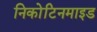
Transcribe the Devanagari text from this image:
निकोटिनमाइड